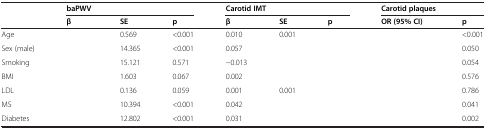
<table><thead><tr><td>[EMPTY_CELL]</td><td colspan="3"><b>baPWV</b></td><td colspan="3"><b>Carotid IMT</b></td><td colspan="2"><b>Carotid plaques</b></td></tr><tr><td>[EMPTY_CELL]</td><td><b>β</b></td><td><b>SE</b></td><td><b>p</b></td><td><b>β</b></td><td><b>SE</b></td><td><b>p</b></td><td><b>OR (95% CI)</b></td><td><b>p</b></td></tr></thead><tbody><tr><td>Age</td><td>[EMPTY_CELL]</td><td>0.569</td><td>&lt;0.001</td><td>0.010</td><td>0.001</td><td>[EMPTY_CELL]</td><td>[EMPTY_CELL]</td><td>&lt;0.001</td></tr><tr><td>Sex (male)</td><td>[EMPTY_CELL]</td><td>14.365</td><td>&lt;0.001</td><td>0.057</td><td>[EMPTY_CELL]</td><td>[EMPTY_CELL]</td><td>[EMPTY_CELL]</td><td>0.050</td></tr><tr><td>Smoking</td><td>[EMPTY_CELL]</td><td>15.121</td><td>0.571</td><td>−0.013</td><td>[EMPTY_CELL]</td><td>[EMPTY_CELL]</td><td>[EMPTY_CELL]</td><td>0.054</td></tr><tr><td>BMI</td><td>[EMPTY_CELL]</td><td>1.603</td><td>0.067</td><td>0.002</td><td>[EMPTY_CELL]</td><td>[EMPTY_CELL]</td><td>[EMPTY_CELL]</td><td>0.576</td></tr><tr><td>LDL</td><td>[EMPTY_CELL]</td><td>0.136</td><td>0.059</td><td>0.001</td><td>0.001</td><td>[EMPTY_CELL]</td><td>[EMPTY_CELL]</td><td>0.786</td></tr><tr><td>MS</td><td>[EMPTY_CELL]</td><td>10.394</td><td>&lt;0.001</td><td>0.042</td><td>[EMPTY_CELL]</td><td>[EMPTY_CELL]</td><td>[EMPTY_CELL]</td><td>0.041</td></tr><tr><td>Diabetes</td><td>[EMPTY_CELL]</td><td>12.802</td><td>&lt;0.001</td><td>0.031</td><td>[EMPTY_CELL]</td><td>[EMPTY_CELL]</td><td>[EMPTY_CELL]</td><td>0.002</td></tr></tbody></table>